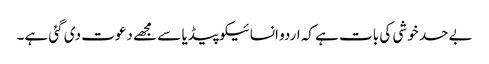
بے حد خوشی کی بات ہے کہ اردو انسائیکوپیڈیا سے مجھے دعوت دی گئی ہے۔